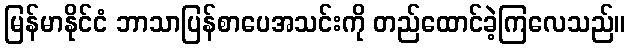
မြန်မာနိုင်ငံ ဘာသာပြန်စာပေအသင်းကို တည်ထောင်ခဲ့ကြလေသည်။